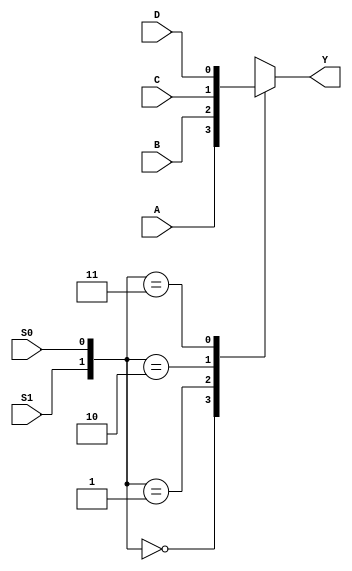
`timescale 1ns / 1ps
//////////////////////////////////////////////////////////////////////////////////
// Company: 
// Engineer: 
// 
// Design Name: 
// Module Name: case_mux
// Project Name: 
// Target Devices: 
// Tool Versions: 
// Description: 
// 
// Dependencies: 
// 
// Revision:
// Revision 0.01 - File Created
// Additional Comments:
// 
//////////////////////////////////////////////////////////////////////////////////


module case_mux(
    S1,S0,A,B,C,D,Y
    );
    input S1,S0,A,B,C,D;
    output reg Y;
    
    always@(A,B,C,D,S1,S0)
        begin
            case({S1,S0})
                2'b00: Y = A;
                2'b01: Y = B;
                2'b10: Y = C;
                2'b11: Y = D;
            endcase
        end
endmodule